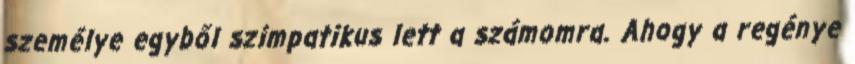
személye egyből szimpatikus lett a számomra. Ahogy a regénye